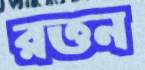
রত্তন